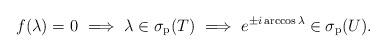
LaTeX: \begin{align*}f(\lambda )=0 \ \Longrightarrow \ \lambda \in \sigma_{\rm p}(T) \ \Longrightarrow \ e^{\pm i\arccos \lambda }\in \sigma _{\rm p}(U).\end{align*}